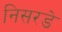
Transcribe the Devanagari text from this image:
निसरडे